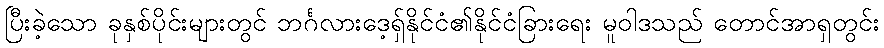
ပြီးခဲ့သော ခုနှစ်ပိုင်းများတွင် ဘင်္ဂလားဒေ့ရှ်နိုင်ငံ၏နိုင်ငံခြားရေး မူဝါဒသည် တောင်အာရှတွင်း